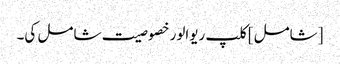
[شامل] کلپ ریوالور خصوصیت شامل کی۔